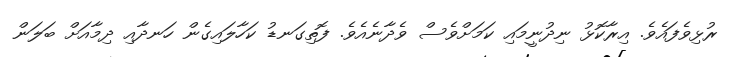
ރުޅިވެފައެވެ. އިރާކޮޅު ނިދުނީމައި ކަމަށްވެސް ވެދާނެއެވެ. ފޮތިގަނޑު ކަހާލައިގެން ހަނދާއި ދިމާއަށް ބަލަން